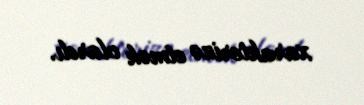
xarakterizə etmək olardı.